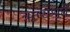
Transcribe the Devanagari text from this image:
ऋष्यशृर्घैं